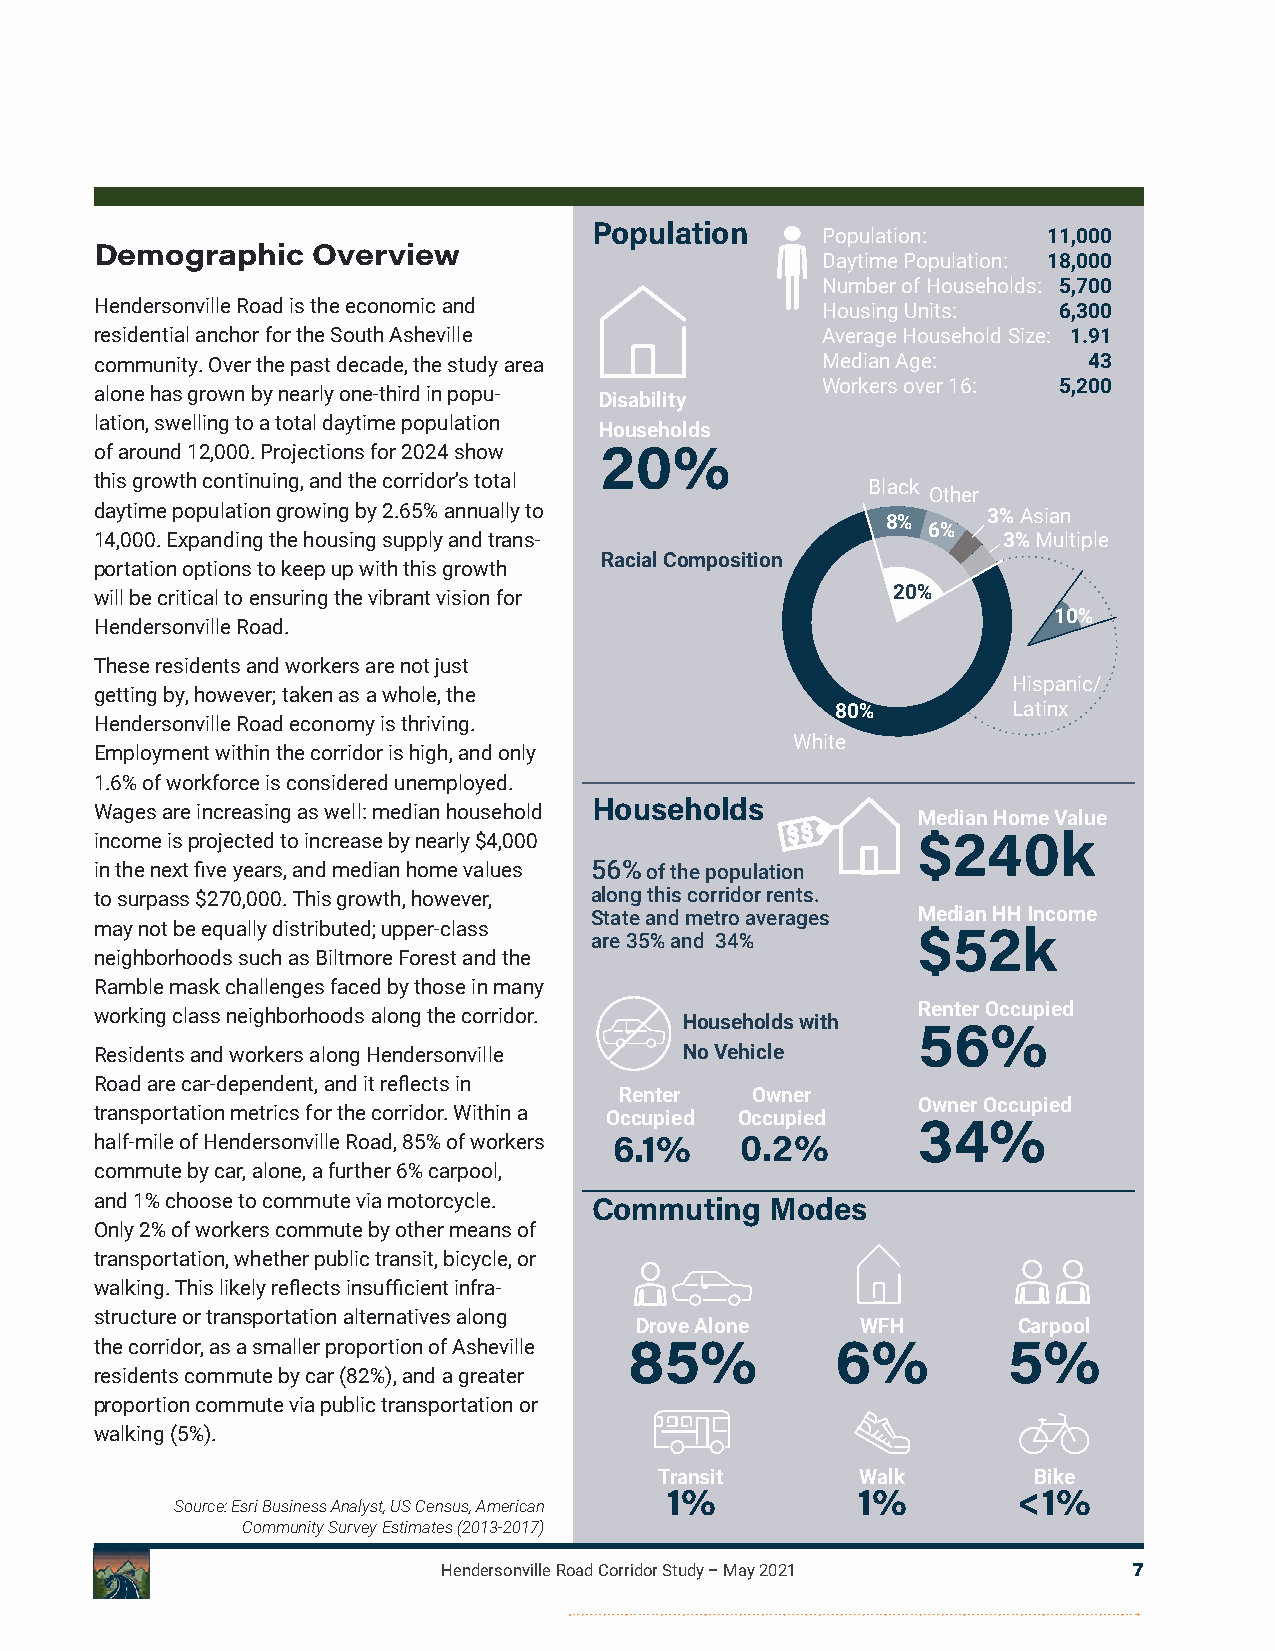
Population
 Population:    11,000
 Demographic    Overview
 Daytime Population: 18,000
 Number of Households: 5,700
 Hendersonville Road is the economic and         Housing Units:  6,300
 residential anchor for the South Asheville      Average Household Size: 1.91
 community. Over the past decade, the study area Median Age:       43
 Workers over 16: 5,200
 alone has grown by nearly one-third in popu-
 Disability
 lation, swelling to a total daytime population
 Households
 of around 12,000. Projections for 2024 show 20%
 this growth continuing, and the corridor’s total    Black
 Other
 daytime population growing by 2.65% annually to            3%Asian
 8%
 6%
 14,000. Expanding the housing supply and trans-             3%Multiple
 Racial Composition
 portation options to keep up with this growth
 will be critical to ensuring the vibrant vision for  20%
 10%
 Hendersonville Road.
 These residents and workers are not just
 Hispanic/
 getting by, however; taken as a whole, the
 80%         Latinx
 Hendersonville Road economy is thriving.
 White
 Employment within the corridor is high, and only
 1.6% of workforce is considered unemployed.
 Households
 Wages are increasing as well: median household
 Median Home Value
 income is projected to increase by nearly $4,000       $240k
 in the next five years, and median home values 56% of the population
 to surpass $270,000. This growth, however, along this corridor rents.
 State and metro averages Median HH Income
 may not be equally distributed; upper-class            $52k
 are 35% and 34%
 neighborhoods such as Biltmore Forest and the
 Ramble mask challenges faced by those in many
 Renter Occupied
 working class neighborhoods along the corridor.
 Households with
 56%
 Residents and workers along Hendersonville No Vehicle
 Road are car-dependent, and it reflects in
 Renter   Owner
 Owner Occupied
 transportation metrics for the corridor. Within a Occupied Occupied
 34%
 half-mile of Hendersonville Road, 85% of workers 6.1% 0.2%
 commute by car, alone, a further 6% carpool,
 and 1% choose to commute via motorcycle. Commuting Modes
 Only 2% of workers commute by other means of
 transportation, whether public transit, bicycle, or
 walking. This likely reflects insufficient infra-
 structure or transportation alternatives along
 Drove Alone    WFH       Carpool
 the corridor, as a smaller proportion of Asheville 85% 6%    5%
 residents commute by car (82%), and a greater
 proportion commute via public transportation or
 walking (5%).
 Transit      Walk       Bike
 1%           1%        <1%
 Source: Esri Business Analyst, US Census, American
 Community Survey Estimates (2013-2017)
 Hendersonville Road Corridor Study – May 2021 7